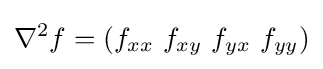
\nabla ^{2}f=(f_{xx}\ f_{xy}\ f_{yx}\ f_{yy})